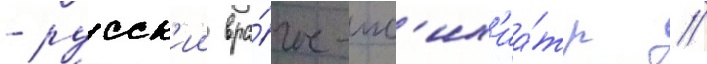
- русск'ии вра́ч-пс'их'иа́тр /